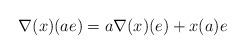
LaTeX: \begin{align*}&\nabla(x)(ae)=a\nabla(x)(e)+x(a)e\end{align*}